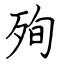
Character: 殉